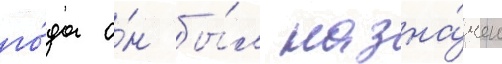
го́да о́н бы́л назна́чен